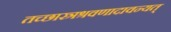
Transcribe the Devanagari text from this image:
तच्छास्त्रश्रवणादावन्यत्